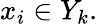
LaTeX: x_{i}\in Y_{k}.